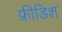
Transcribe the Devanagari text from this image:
फ्रीडिश